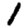
Digit: 1